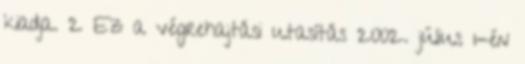
kiadja. 2 Ez a végrehajtási utasítás 2002. július 1-én